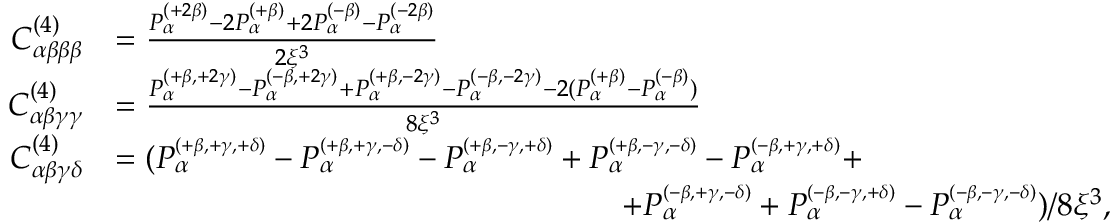
\begin{array} { r l } { C _ { \alpha \beta \beta \beta } ^ { ( 4 ) } } & { = \frac { P _ { \alpha } ^ { \scriptscriptstyle { ( + 2 \beta ) } } - 2 P _ { \alpha } ^ { \scriptscriptstyle { ( + \beta ) } } + 2 P _ { \alpha } ^ { \scriptscriptstyle { ( - \beta ) } } - P _ { \alpha } ^ { \scriptscriptstyle { ( - 2 \beta ) } } } { 2 \xi ^ { 3 } } } \\ { C _ { \alpha \beta \gamma \gamma } ^ { ( 4 ) } } & { = \frac { P _ { \alpha } ^ { \scriptscriptstyle { ( + \beta , + 2 \gamma ) } } - P _ { \alpha } ^ { \scriptscriptstyle { ( - \beta , + 2 \gamma ) } } + P _ { \alpha } ^ { \scriptscriptstyle { ( + \beta , - 2 \gamma ) } } - P _ { \alpha } ^ { \scriptscriptstyle { ( - \beta , - 2 \gamma ) } } - 2 ( P _ { \alpha } ^ { \scriptscriptstyle { ( + \beta ) } } - P _ { \alpha } ^ { \scriptscriptstyle { ( - \beta ) } } ) } { 8 \xi ^ { 3 } } } \\ { C _ { \alpha \beta \gamma \delta } ^ { ( 4 ) } } & { = ( P _ { \alpha } ^ { \scriptscriptstyle { ( + \beta , + \gamma , + \delta ) } } - P _ { \alpha } ^ { \scriptscriptstyle { ( + \beta , + \gamma , - \delta ) } } - P _ { \alpha } ^ { \scriptscriptstyle { ( + \beta , - \gamma , + \delta ) } } + P _ { \alpha } ^ { \scriptscriptstyle { ( + \beta , - \gamma , - \delta ) } } - P _ { \alpha } ^ { \scriptscriptstyle { ( - \beta , + \gamma , + \delta ) } } + } \\ & { \qquad \qquad \qquad \qquad \qquad \qquad \qquad \qquad + P _ { \alpha } ^ { \scriptscriptstyle { ( - \beta , + \gamma , - \delta ) } } + P _ { \alpha } ^ { \scriptscriptstyle { ( - \beta , - \gamma , + \delta ) } } - P _ { \alpha } ^ { \scriptscriptstyle { ( - \beta , - \gamma , - \delta ) } } ) / 8 \xi ^ { 3 } , } \end{array}